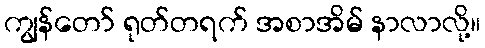
ကျွန်တော် ရုတ်တရက် အစာအိမ် နာလာလို့။